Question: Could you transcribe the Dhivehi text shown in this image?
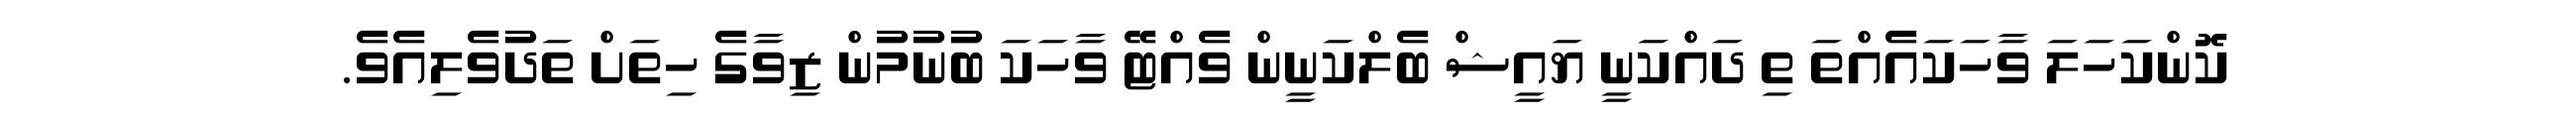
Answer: ކޮންކަހަލަ ވާހަކައެއްތަ ތި ދައްކަނީ ޔައީޝް ބެލްކަނީން ވެއްޓޭ ވާހަކަ ބުނުމުން ޒިވާގެ ހިތަށް ތަދުވެލިއެވެ.